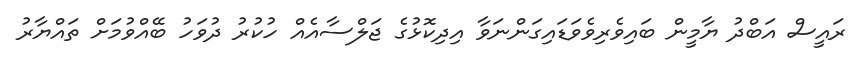
ރައީސް އަބްދު ޔާމީން ބައިވެރިވެވަޑައިގަންނަވާ އިދިކޮޅުގެ ޖަލްސާއެއް ހުކުރު ދުވަހު ބޭއްވުމަށް ތައްޔާރު